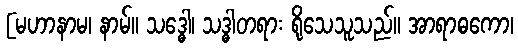
[မဟာနာမ၊ နာမ်။ သဒ္ဓေါ၊ သဒ္ဓါတရား ရိုသေသူသည်။ အာရာဓကော၊